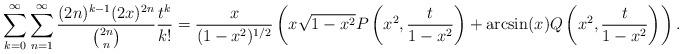
LaTeX: \begin{align*}\sum_{k=0}^\infty &\sum_{n=1}^\infty \frac{(2n)^{k-1} (2x)^{2n}}{{2n \choose n}} \frac{t^k}{k!} = \frac{x}{(1-x^2)^{1/2}} \left(x \sqrt{1-x^2} P \left(x^2, \frac{t}{1-x^2} \right) + \arcsin(x) Q \left(x^2, \frac{t}{1-x^2} \right) \right).\end{align*}